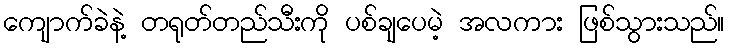
ကျောက်ခဲနဲ့ တရုတ်တည်သီးကို ပစ်ချပေမဲ့ အလကား ဖြစ်သွားသည်။